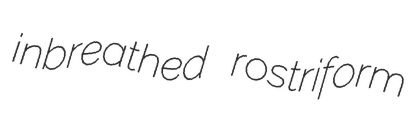
inbreathed rostriform